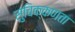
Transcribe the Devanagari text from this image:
सुचिक्कणता